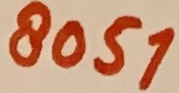
Text: 8051